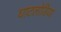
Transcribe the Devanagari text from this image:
घाटलोडिया